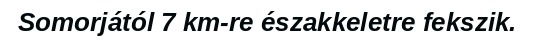
Somorjától 7 km-re északkeletre fekszik.